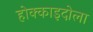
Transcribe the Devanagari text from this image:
होक्काइदोला